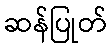
ဆန်ပြုတ်